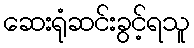
ဆေးရုံဆင်းခွင့်ရသူ